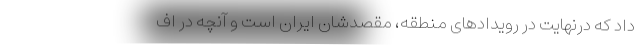
داد که درنهایت در رویدادهای منطقه، مقصدشان ایران است و آنچه در اف